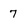
Character: 7